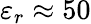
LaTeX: \varepsilon_{r}\approx 50